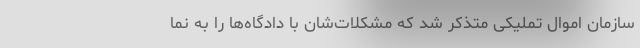
سازمان اموال تملیکی متذکر شد که مشکلات‌شان با دادگاه‌ها را به نما